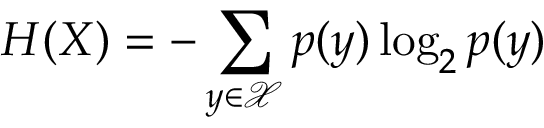
H ( X ) = - \sum _ { y \in { \mathcal { X } } } p ( y ) \log _ { 2 } p ( y )